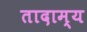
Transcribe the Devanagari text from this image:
तादाम्य